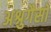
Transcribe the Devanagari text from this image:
अश्रुगैसों